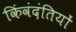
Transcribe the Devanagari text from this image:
किंवंदंतियों